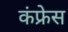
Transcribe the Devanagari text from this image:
कंफ्रेस